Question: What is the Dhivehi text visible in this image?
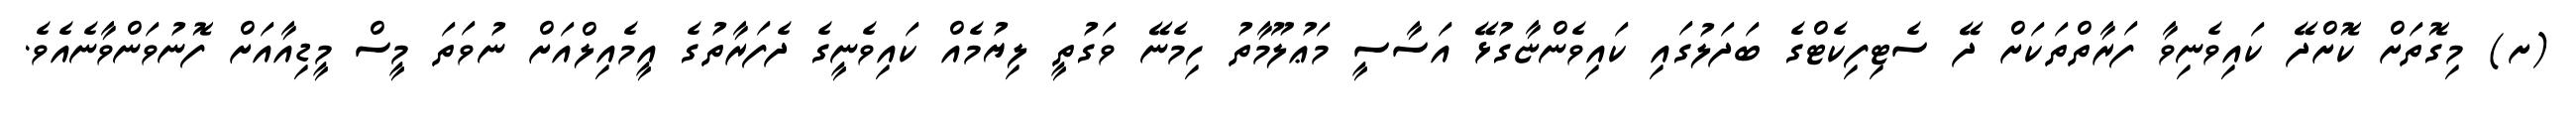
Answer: (ށ) މިގޮތަށް ކޮށްދޭ ކައިވެނިވާ ފަރާތްތަކަށް ދޭ ސެޓިފިކެޓްގެ ބަދަލުގައި ކައިވެންޏާގުޅޭ އަސާސީ މަޢުލޫމާތު ހިމެނޭ ވަގުތީ ލިޔުމެއް ކައިވެނީގެ ދެފަރާތުގެ އީމެއިލްއަށް ނުވަތަ މީސް މީޑިއާއަށް ފޮނުވަންވާނެއެވެ.